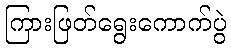
ကြားဖြတ်ရွေးကောက်ပွဲ